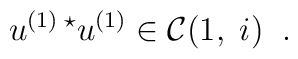
u^{(1) \; \star}u^{(1)} \in {\cal C}(1, \; i) \; \; .